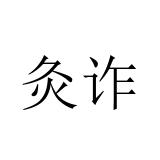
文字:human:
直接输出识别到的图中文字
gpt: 灸诈